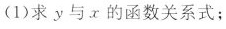
(1)求y与x的函数关系式；